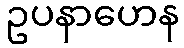
ဥပနာဟေန